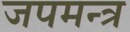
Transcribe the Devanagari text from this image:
जपमन्त्र